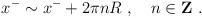
LaTeX: \begin{align*}x^- \sim x^- + 2 \pi n R~,~~~n \in {\bf Z}~.\end{align*}